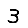
Digit: 3